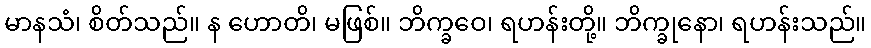
မာနသံ၊ စိတ်သည်။ န ဟောတိ၊ မဖြစ်။ ဘိက္ခဝေ၊ ရဟန်းတို့။ ဘိက္ခုနော၊ ရဟန်းသည်။